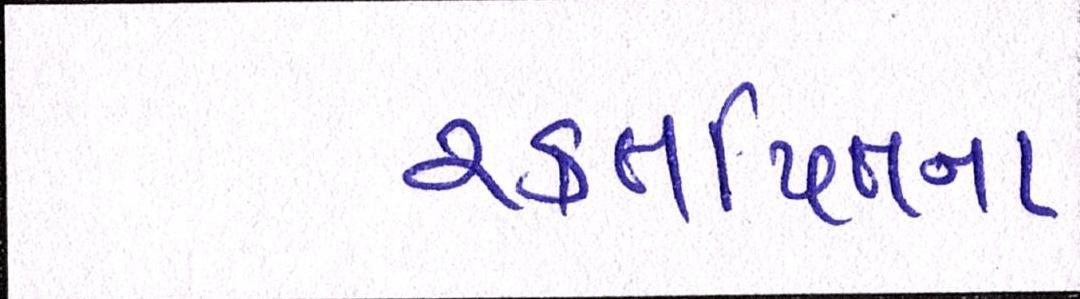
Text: રક્તપિતના